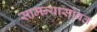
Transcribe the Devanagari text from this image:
सामन्यासोबत